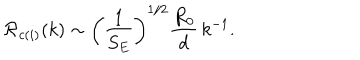
LaTeX: { \cal R } _ { c ( i ) } ( k ) \sim \left( { \frac { 1 } { S _ { E } } } \right) ^ { 1 / 2 } { \frac { R _ { 0 } } { d } } \, k ^ { - 1 } .